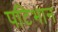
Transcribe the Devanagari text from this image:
पटिभान